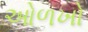
ઓળખો